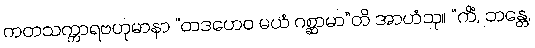
ကတသက္ကာရဗဟုမာနာ “တဒဟေဝ မယံ ဂစ္ဆာမာ”တိ အာဟံသု။ “ကိံ, ဘန္တေ,